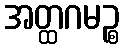
အတ္ထဂမဉ္စ